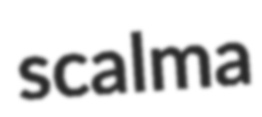
scalma